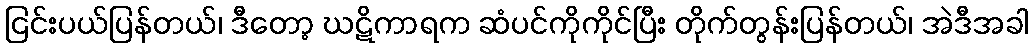
ငြင်းပယ်ပြန်တယ်၊ ဒီတော့ ဃဋိကာရက ဆံပင်ကိုကိုင်ပြီး တိုက်တွန်းပြန်တယ်၊ အဲဒီအခါ